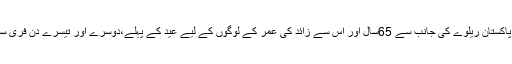
تفصیلات کے مطابق پاکستان ریلوے کی جانب سے 65سال اور اس سے زائد کی عمر کے لوگوں کے لیے عید کے پہلے،دوسرے اور تیسرے دن فری سفر کا پیکج دیا گیاہے۔